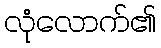
လုံလောက်၏